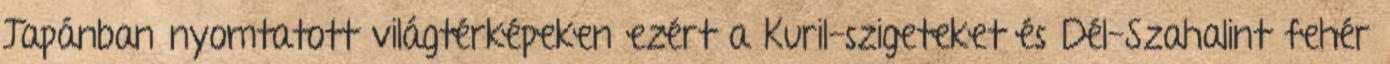
Japánban nyomtatott világtérképeken ezért a Kuril-szigeteket és Dél-Szahalint fehér